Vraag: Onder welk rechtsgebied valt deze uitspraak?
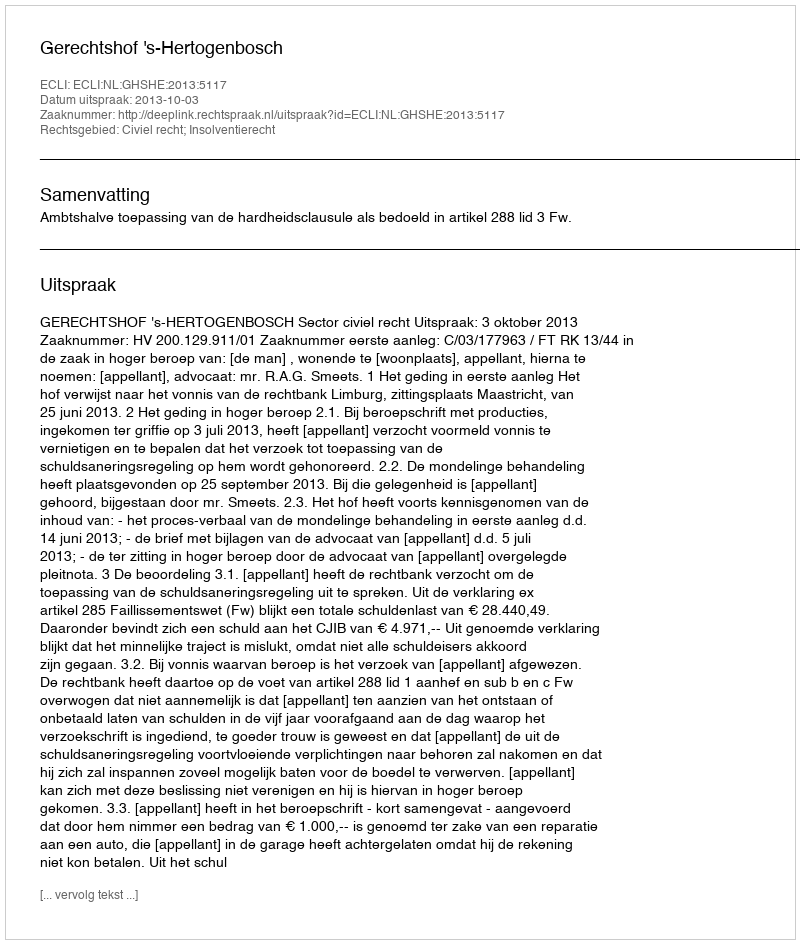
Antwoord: Civiel recht; Insolventierecht